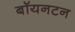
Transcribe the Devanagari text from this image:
बॉयनटन